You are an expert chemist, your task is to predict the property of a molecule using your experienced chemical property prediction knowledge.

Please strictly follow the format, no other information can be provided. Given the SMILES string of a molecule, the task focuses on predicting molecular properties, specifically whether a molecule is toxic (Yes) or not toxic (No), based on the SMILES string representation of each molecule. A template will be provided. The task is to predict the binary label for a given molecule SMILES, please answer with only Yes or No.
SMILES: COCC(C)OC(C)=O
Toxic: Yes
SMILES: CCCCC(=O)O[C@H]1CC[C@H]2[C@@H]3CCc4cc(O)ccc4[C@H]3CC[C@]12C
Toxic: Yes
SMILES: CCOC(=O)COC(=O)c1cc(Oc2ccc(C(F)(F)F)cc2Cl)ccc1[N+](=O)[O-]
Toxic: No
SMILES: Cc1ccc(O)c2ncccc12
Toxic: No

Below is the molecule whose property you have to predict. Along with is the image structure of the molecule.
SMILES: O=[N+]([O-])c1ccc(Nc2ccc(Nc3ccccc3)c(S(=O)(=O)[O-])c2)c([N+](=O)[O-])c1
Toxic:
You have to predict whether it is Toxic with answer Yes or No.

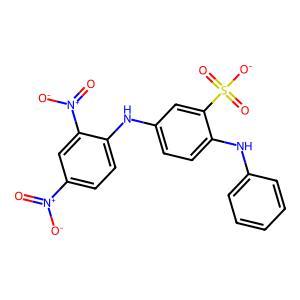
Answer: No